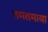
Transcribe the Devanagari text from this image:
तमतमाया